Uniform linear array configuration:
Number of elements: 24
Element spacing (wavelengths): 1
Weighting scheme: hann
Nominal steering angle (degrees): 15
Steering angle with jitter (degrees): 15.943
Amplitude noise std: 0.05
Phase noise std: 0.05

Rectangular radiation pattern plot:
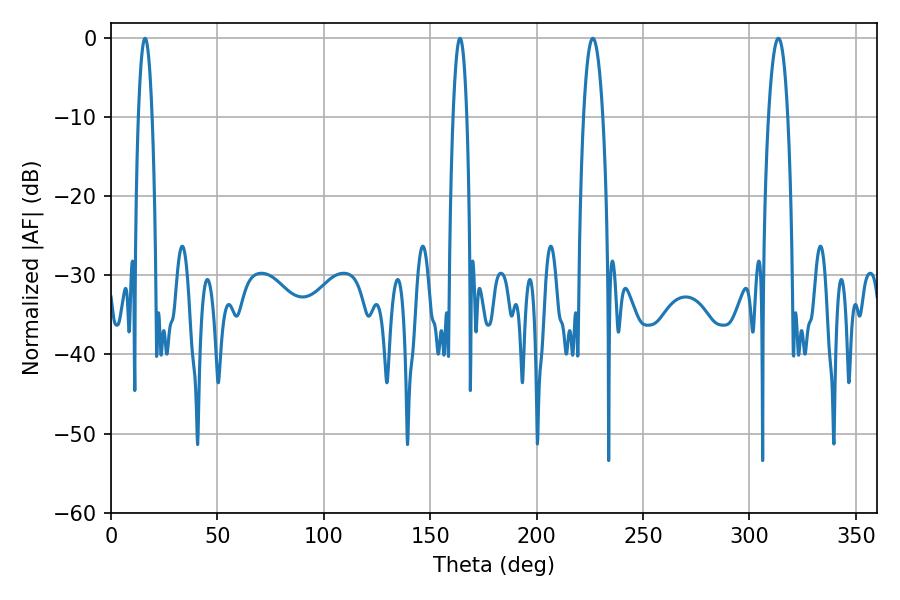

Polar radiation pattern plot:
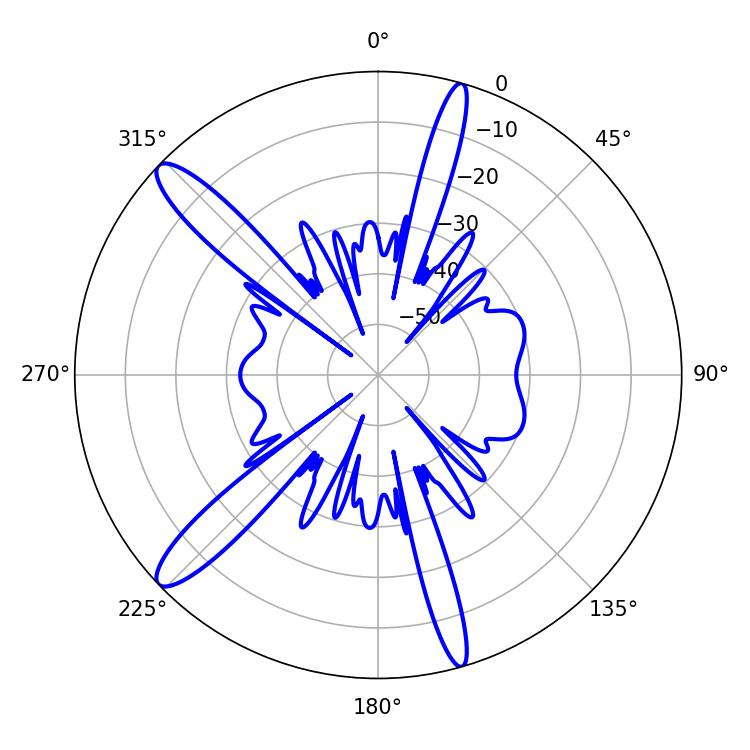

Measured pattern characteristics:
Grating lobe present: TRUE
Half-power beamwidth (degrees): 3.6
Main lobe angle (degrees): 16.02